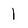
Character: 1